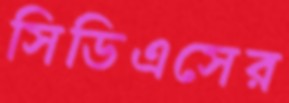
সিডিএসের